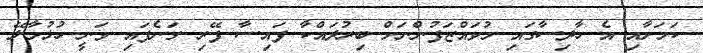
ކަމަށާއި އެ ހާދިސާގައި މުވައްޒަފުންނަށް ބިރުދައްކާ ފައިސާ ފޭރި ގަނެފައި ވަނީ ހުޅުމާލޭ